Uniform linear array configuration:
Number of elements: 4
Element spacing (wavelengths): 0.75
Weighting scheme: kaiser
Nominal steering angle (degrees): -60
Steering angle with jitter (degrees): -59.059
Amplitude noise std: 0.05
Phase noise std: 0.05

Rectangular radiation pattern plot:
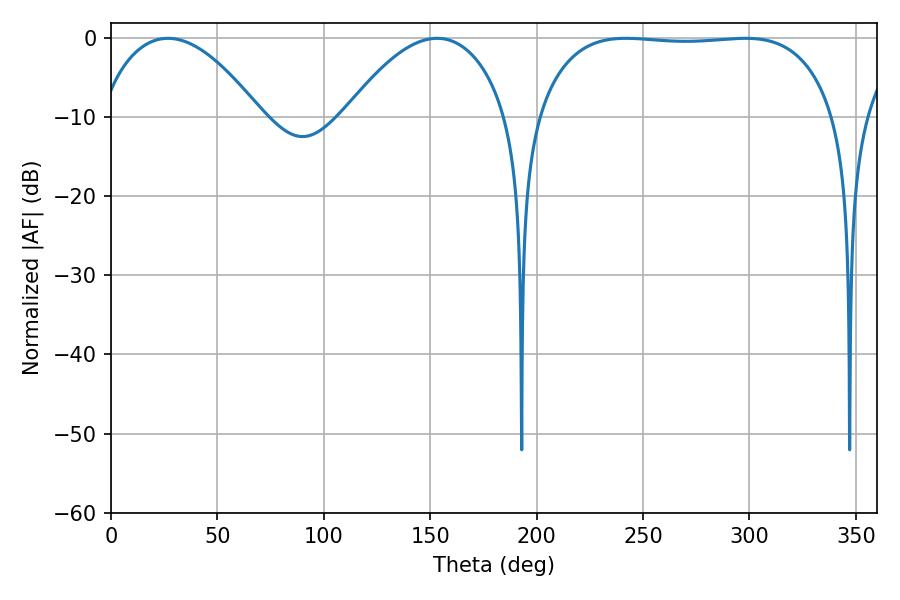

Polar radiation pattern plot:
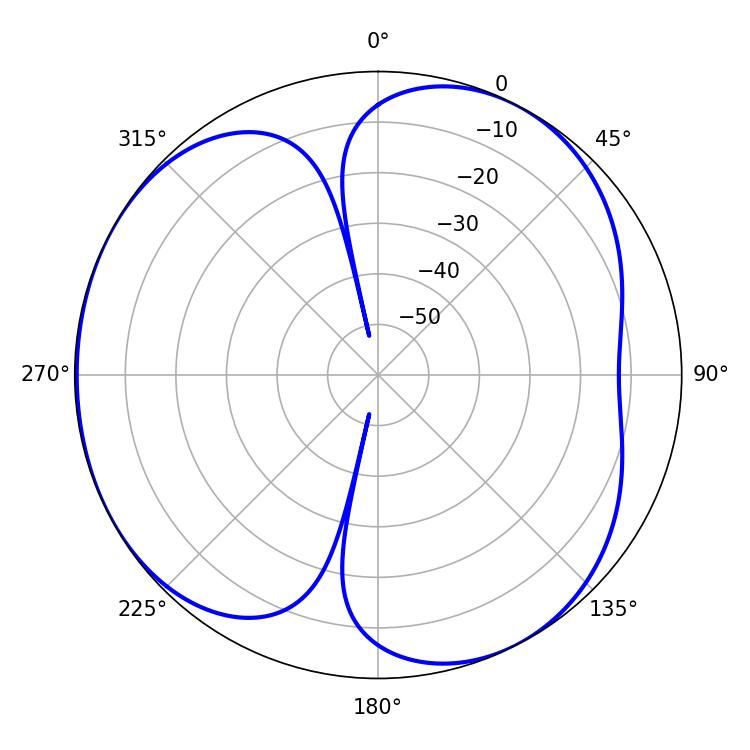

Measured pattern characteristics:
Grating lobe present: TRUE
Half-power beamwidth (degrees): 110.52
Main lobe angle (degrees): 241.92